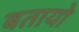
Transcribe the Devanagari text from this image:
बतायो